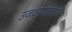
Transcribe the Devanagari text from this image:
उजव्याहाताने